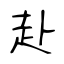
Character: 赴